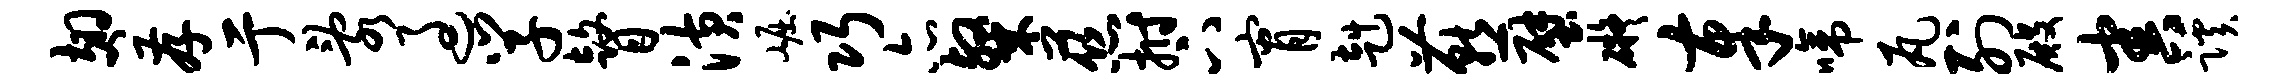
翅存亍乱过学瞽潢崛巧亦粲慈拊下宵赳燕壁碍奉啼瓦列殿害蹊